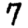
Digit: 7